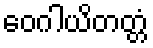
ဝေဂါယိတတ္တံ